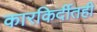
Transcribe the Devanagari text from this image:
कारकिर्दीतही